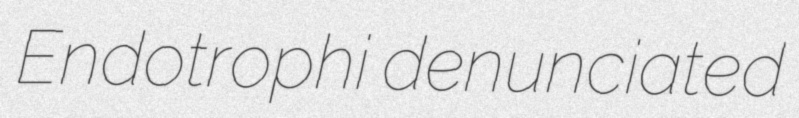
Endotrophi denunciated